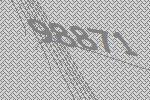
98871